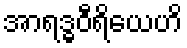
အာရဒ္ဓဝီရိယေဟိ